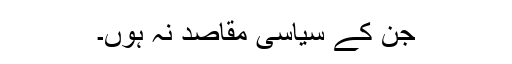
جن کے سیاسی مقاصد نہ ہوں۔